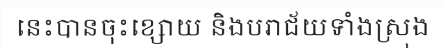
នេះបានចុះខ្សោយ និងបរាជ័យទាំងស្រុង